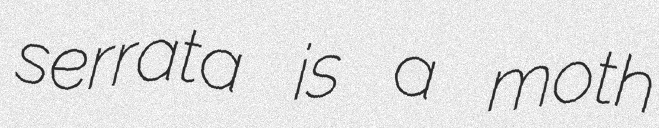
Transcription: serrata is a moth